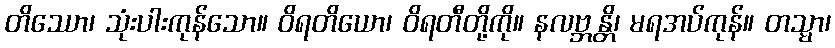
တိဿော၊ သုံးပါးကုန်သော။ ဝိရတိယော၊ ဝိရတီတို့ကို။ နလဗ္ဘန္တိ၊ မရအပ်ကုန်။ တသ္မာ၊